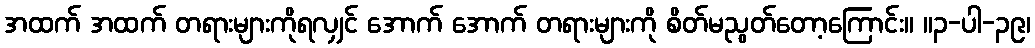
အထက် အထက် တရားများကိုရလျှင် အောက် အောက် တရားများကို စိတ်မညွတ်တော့ကြောင်း။ ။၃-ပါ-၃၉၊